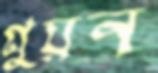
গ্লুয়ন